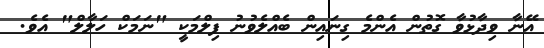
އޭނާ ވިދާޅުވާ ގޮތުން އެންމެ ގިނައިން ބެއްލެވުނު ފިލްމަކީ "ނަމަކް ހަލާލް" އެވެ.